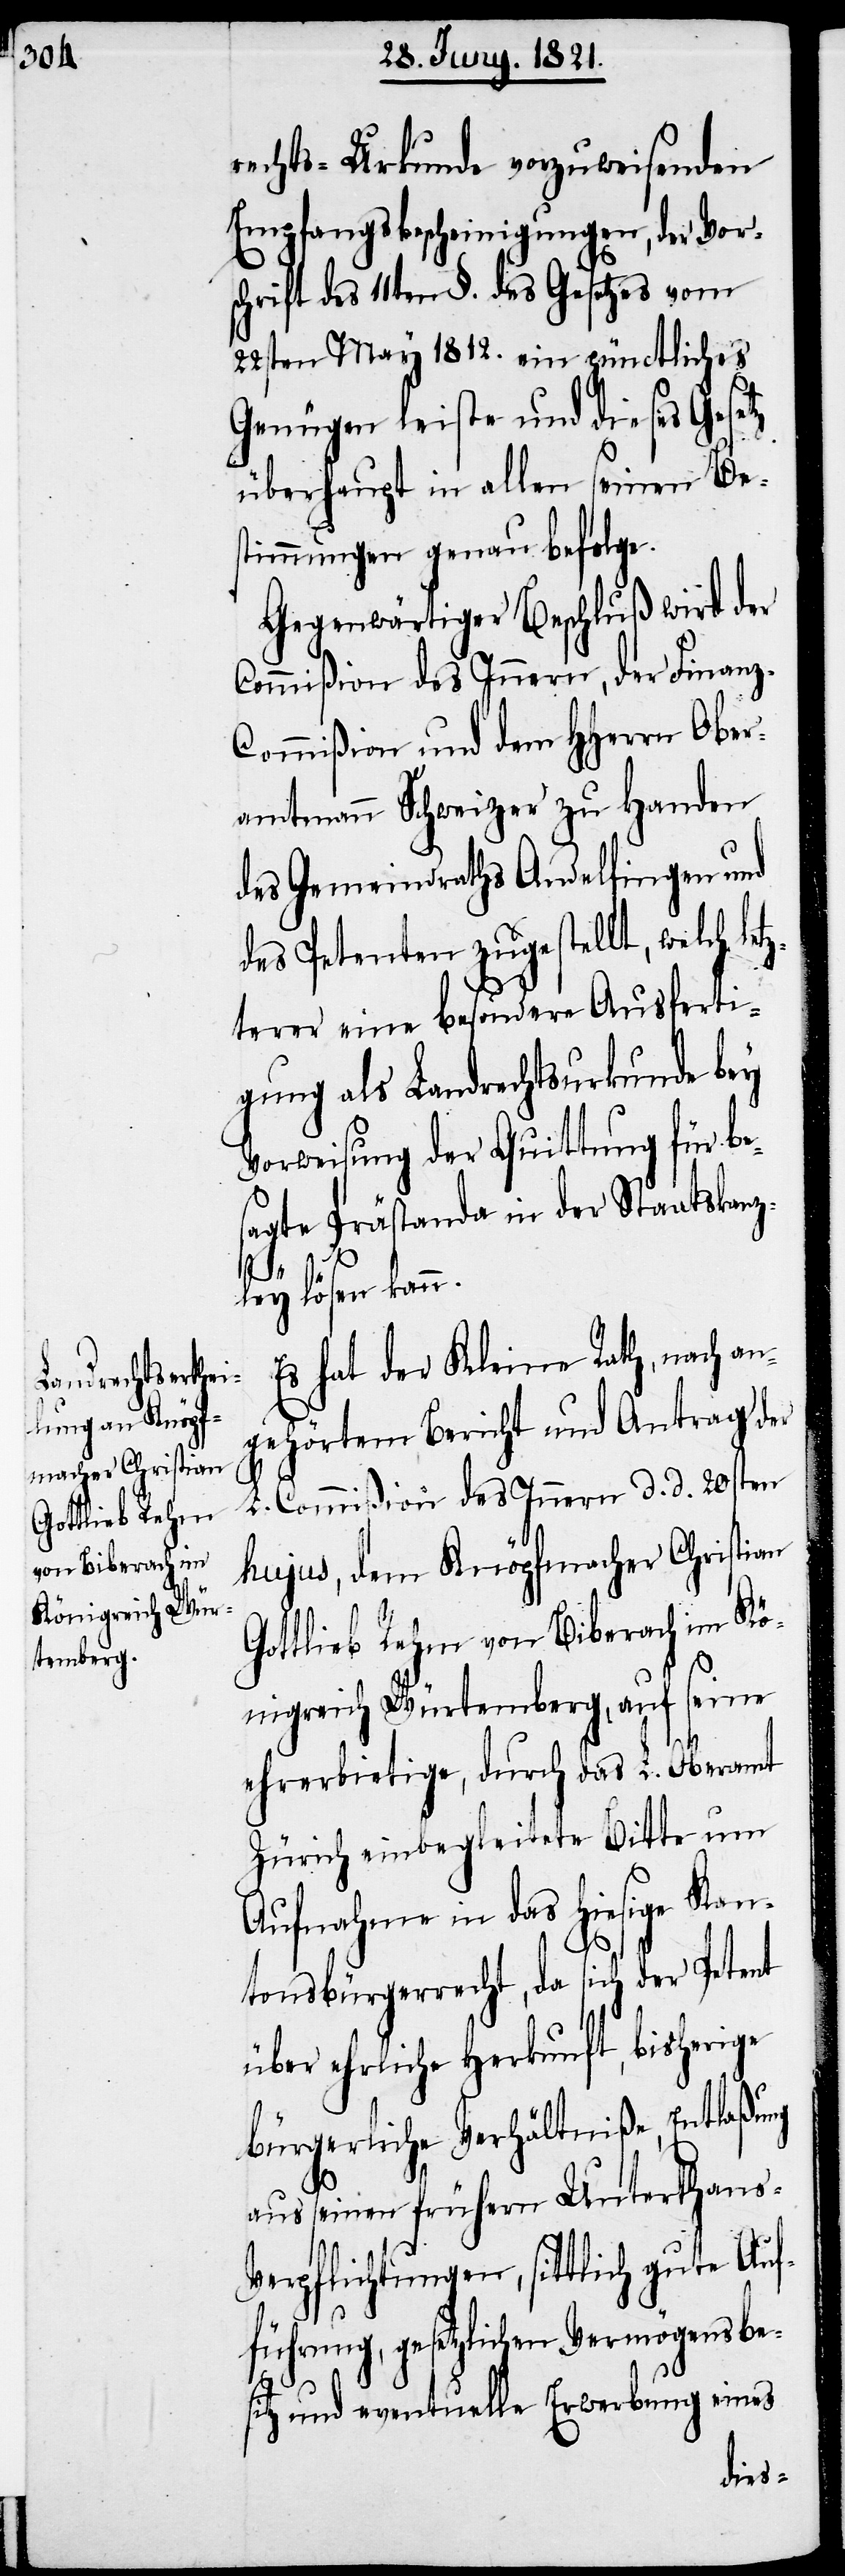
rechts-Urkunde vorzuweisenden
Empfangsbescheinigungen, der Vor¬
schrift des 11ten §. des Gesetzes vom
22sten May 1812. ein pünctliches
Genüge leiste und dieses Gesetz
überhaupt in allen seinen Bes¬
timmungen genau befolge.
Gegenwärtiger Beschluß wird der
Commißion des Innern, der Finan¬
ommißion und dem HHerrn Ober¬
amtmann Schweizer zu Handen
des Gemeindraths Andelfingen und
des Petenten zugestellt, welch let¬
zterer eine besondere Ausferti¬
gung als Landrechtsurkunde bey
Vorweisung der Quittung für be¬
sagte Prästanda in der Staatskanz¬
z-C¬
ley lösen kann.
Es hat der Kleine Rath, nach an¬
gehörtem Bericht und Antrag der
L. Commißion des Innern d. d. 20sten
hujus, dem Knöpfmacher Christian
Gottlieb Rehm von Biberach im Kö¬
nigreich Würtemberg, auf seine
ehrerbietige, durch das L. Oberamt
Zürich einbegleitete Bitte um
Aufnahme in das hiesige Kan¬
tonsbürgerrecht, da sich der Petent
über ehrliche Herkunft, bisherige
bürgerliche Verhältniße, Entlaßung
aus seinen frühern Unterthans-V¬
erpflichtungen, sittlich gute Auf¬
führung, gesetzlichen Vermögensbe¬
sitz und eventuelle Erwerbung eines